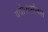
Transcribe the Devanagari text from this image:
बयोफ्य्सीकल